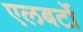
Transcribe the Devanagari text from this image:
एलबर्टो